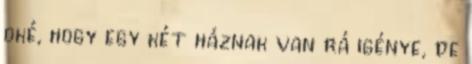
oké, hogy egy két háznak van rá igénye, de